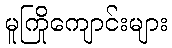
မူကြိုကျောင်းများ